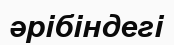
әрібіндегі